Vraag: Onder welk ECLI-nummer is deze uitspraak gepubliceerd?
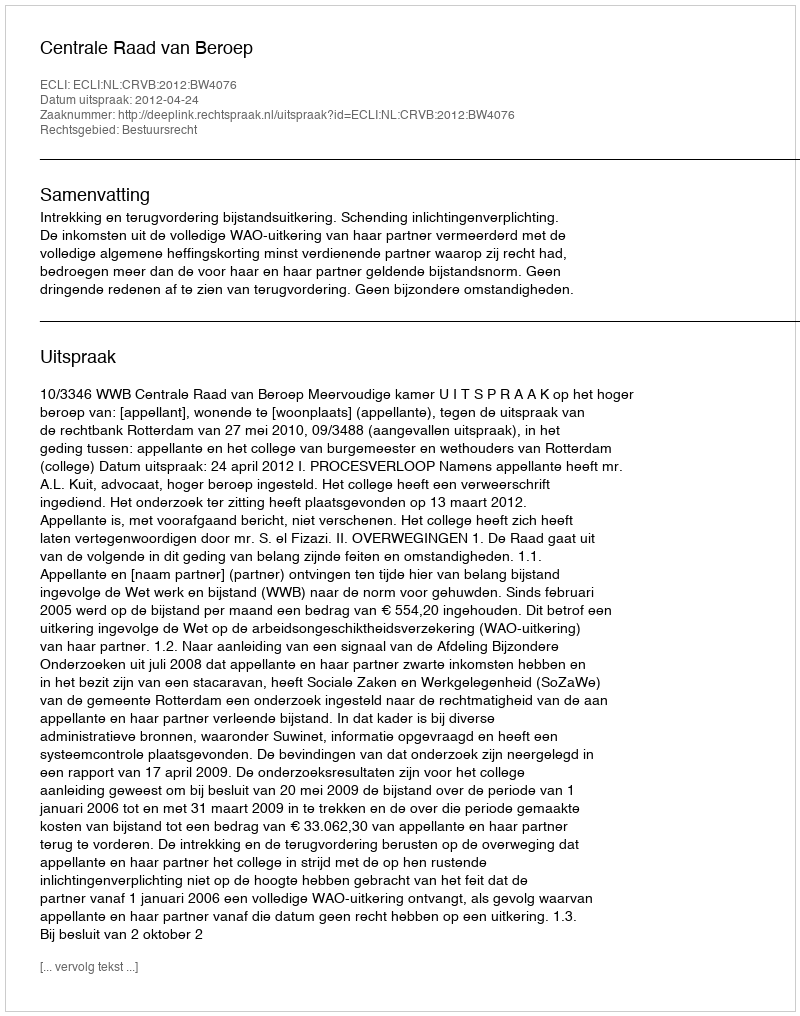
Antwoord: ECLI:NL:CRVB:2012:BW4076